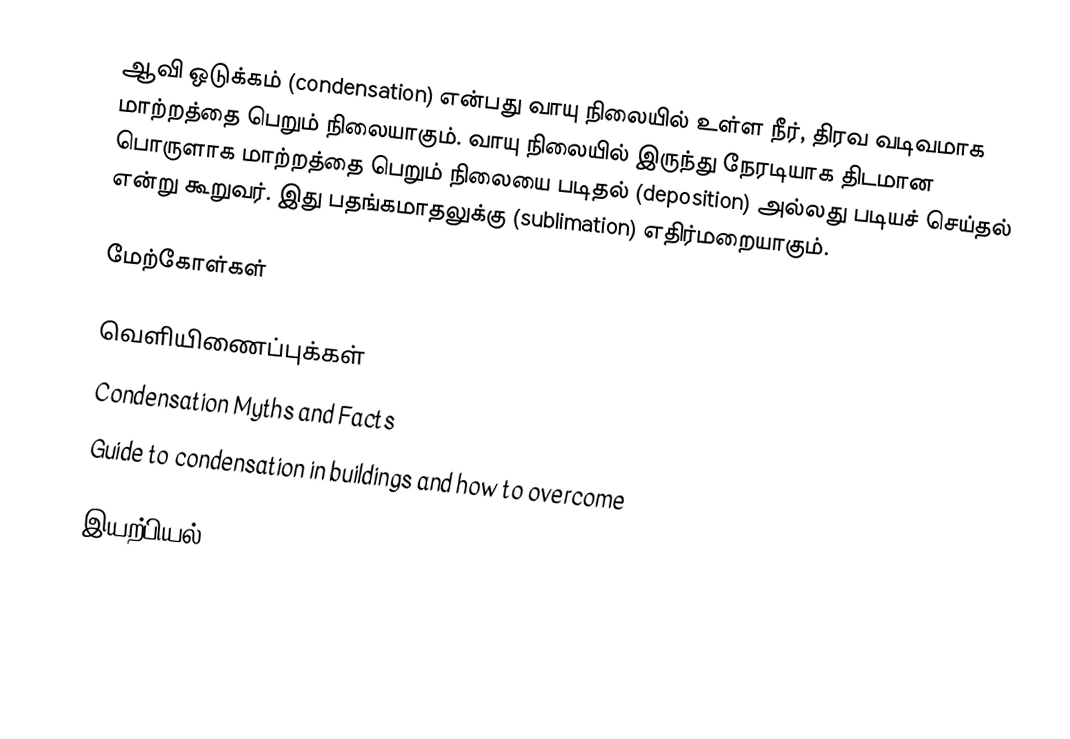
ஆவி ஒடுக்கம் (condensation) என்பது வாயு நிலையில் உள்ள நீர், திரவ வடிவமாக மாற்றத்தை பெறும் நிலையாகும். வாயு நிலையில் இருந்து நேரடியாக திடமான பொருளாக மாற்றத்தை பெறும் நிலையை படிதல் (deposition) அல்லது படியச் செய்தல் என்று கூறுவர். இது பதங்கமாதலுக்கு (sublimation) எதிர்மறையாகும்.

மேற்கோள்கள்

வெளியிணைப்புக்கள்
 Condensation Myths and Facts
 Guide to condensation in buildings and how to overcome

இயற்பியல்